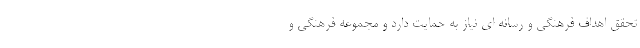
تحقق اهداف فرهنگی و رسانه ای نیاز به حمایت دارد و مجموعه فرهنگی و